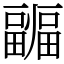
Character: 疈